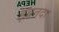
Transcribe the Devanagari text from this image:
इबतदा